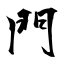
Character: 門